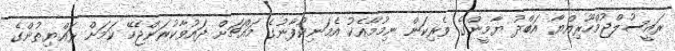
ރައީސުލްޖުމްހޫރިއްޔާ އަބްދު ޔާމީންގެ ވެރިކަން ނިމުމާއެކު އެމަނިކުފާނުގެ މައްޗަށް ދައުވާކުރަންޖެހޭ ކަމަށް ރައްޔިތުންގެ